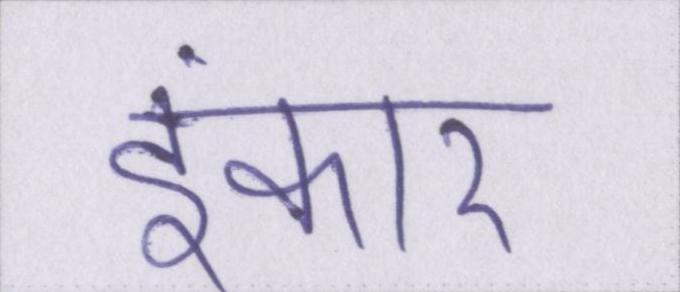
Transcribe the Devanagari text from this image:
इंकार